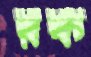
রক